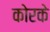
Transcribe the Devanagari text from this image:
कोरके